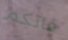
فاتكم